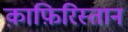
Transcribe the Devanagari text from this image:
क़ाफ़िरिस्तान